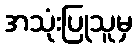
အသုံးပြုသူမှ